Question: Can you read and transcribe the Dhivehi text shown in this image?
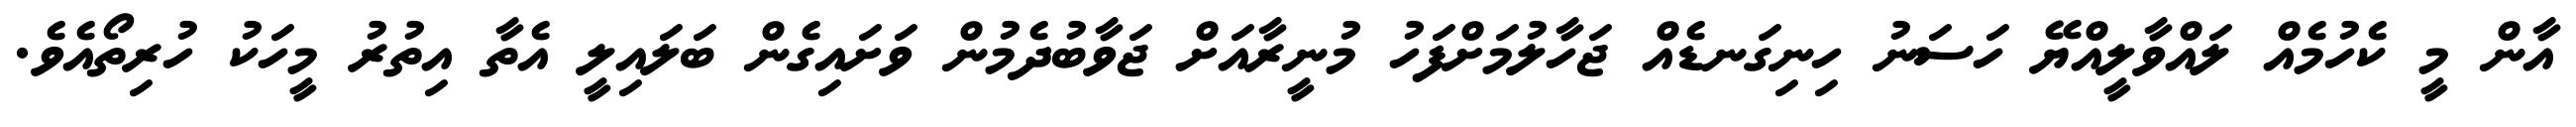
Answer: އާން މީ ކެހުމެއް ލައްވާލީއްޔޭ ހަސަނު ހިނިގަނޑެއް ޖަހާލުމަށްފަހު މުނީރާއަށް ޖަވާބުދެމުން ވަށައިގެން ބަލައިލީ އެތާ އިތުރު މީހަކު ހުރިތޯއެވެ.